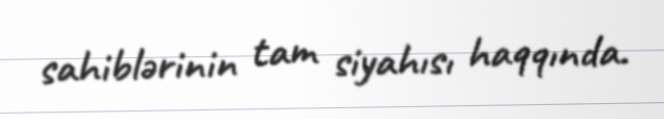
sahiblərinin tam siyahısı haqqında.